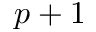
p + 1